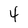
Character: 4